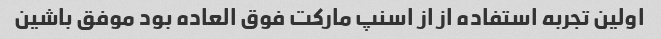
اولین تجربه استفاده از از اسنپ مارکت فوق العاده بود موفق باشین